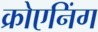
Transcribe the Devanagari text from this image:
क्रोएनिंग